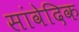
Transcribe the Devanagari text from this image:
सांवेदिक